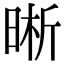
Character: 晰